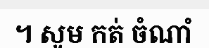
។ សូម កត់ ចំណាំ